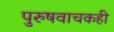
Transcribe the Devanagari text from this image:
पुरुषवाचकही